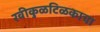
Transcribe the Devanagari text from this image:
रवीकुळटिळकाचा